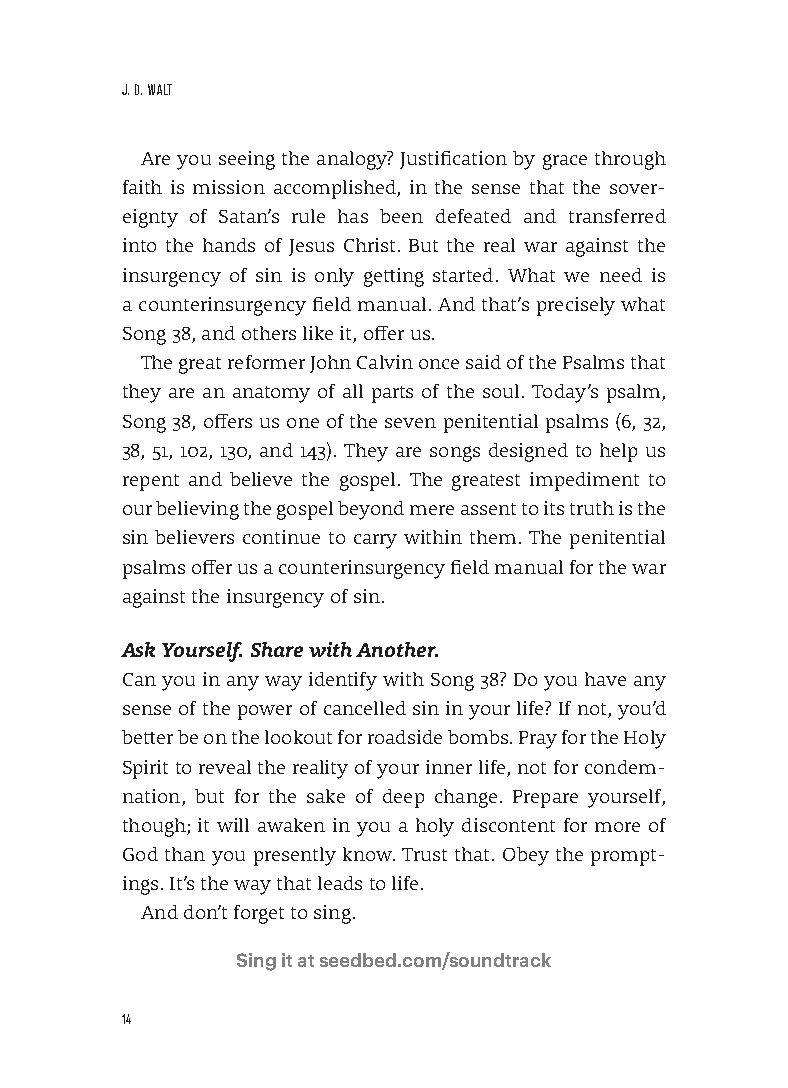
J. D. WALT
 Are you seeing the analogy? Justification by grace through
 faith is mission accomplished, in the sense that the sover-
 eignty of Satan’s rule has been defeated and transferred
 into the hands of Jesus Christ. But the real war against the
 insurgency of sin is only getting started. What we need is
 a counterinsurgency field manual. And that’s precisely what
 Song 38, and others like it, offer us.
 The great reformer John Calvin once said of the Psalms that
 they are an anatomy of all parts of the soul. Today’s psalm,
 Song 38, offers us one of the seven penitential psalms (6, 32,
 38, 51, 102, 130, and 143). They are songs designed to help us
 repent and believe the gospel. The greatest impediment to
 our believing the gospel beyond mere assent to its truth is the
 sin believers continue to carry within them. The penitential
 psalms offer us a counterinsurgency field manual for the war
 against the insurgency of sin.
 Ask Yourself. Share with Another.
 Can you in any way identify with Song 38? Do you have any
 sense of the power of cancelled sin in your life? If not, you’d
 better be on the lookout for roadside bombs. Pray for the Holy
 Spirit to reveal the reality of your inner life, not for condem-
 nation, but for the sake of deep change. Prepare yourself,
 though; it will awaken in you a holy discontent for more of
 God than you presently know. Trust that. Obey the prompt-
 ings. It’s the way that leads to life.
 And don’t forget to sing.
 Sing it at seedbed.com/soundtrack
 14